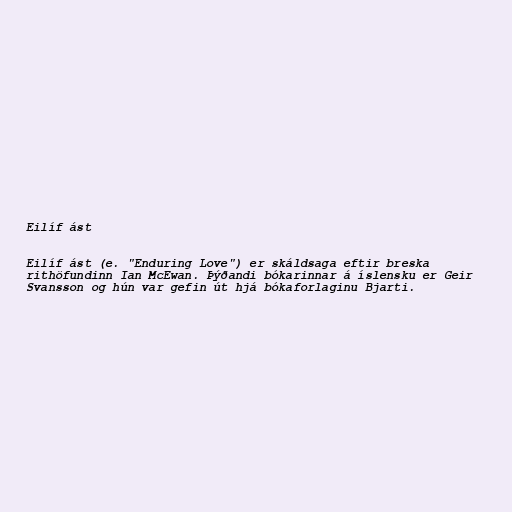
Eilíf ást

Eilíf ást (e. "Enduring Love") er skáldsaga eftir breska
rithöfundinn Ian McEwan. Þýðandi bókarinnar á íslensku er Geir
Svansson og hún var gefin út hjá bókaforlaginu Bjarti.